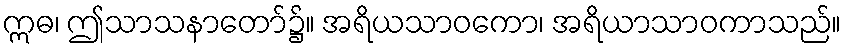
ဣဓ၊ ဤသာသနာတော်၌။ အရိယသာဝကော၊ အရိယာသာဝကာသည်။